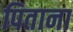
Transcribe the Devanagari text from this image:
पिताना